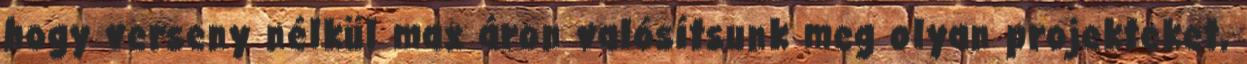
hogy verseny nélkül max áron valósítsunk meg olyan projekteket,